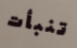
تنبأت